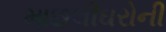
માછલીઘરોની